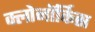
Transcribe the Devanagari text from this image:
क्लोनॉर्किस